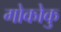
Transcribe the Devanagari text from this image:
गोकोकु